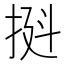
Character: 𫼼